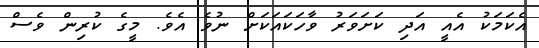
އެކަމަކު އެއީ އަދި ކަށަވަރު ވާހަކައަކަށް ނުވެ އެވެ. މީގެ ކުރިން ވެސް